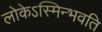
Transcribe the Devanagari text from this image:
लोकेऽस्मिन्भवति